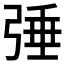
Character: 𢏴